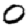
Digit: 0